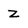
Character: Z